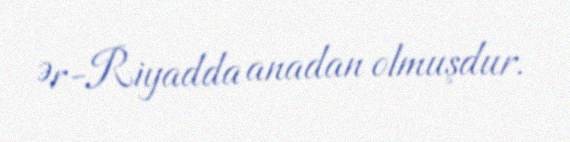
Ər-Riyadda anadan olmuşdur.